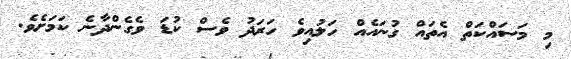
މި މަސައްކަތް އެތައް ގުނައެއް ހަލުއިވެ ހަރަދު ވެސް ކުޑަ ވެގެންދާނެ ކަމަށެވެ.